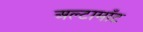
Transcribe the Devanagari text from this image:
अल्टामाँट